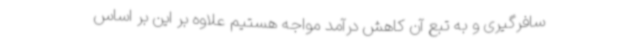
سافرگیری و به تبع آن کاهش درآمد مواجه هستیم علاوه بر این بر اساس